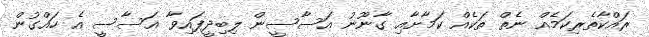
ރައްކާތެރިކަމެއް ނެތް ތަކެއް ކަމާށާއި ގާނޫނު އަސާސީން ލިބިދީފައިވާ އަސާސީ އެ ހައްގުން